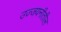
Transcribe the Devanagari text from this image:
उज्जयनीतील